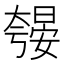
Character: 𱘼